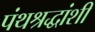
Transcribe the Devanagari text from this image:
पंथश्रद्धांशी